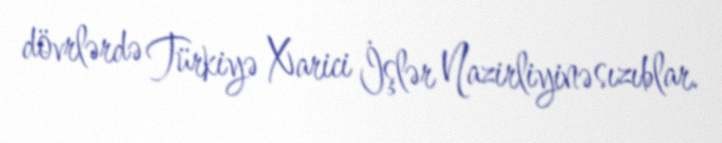
dövrlərdə Türkiyə Xarici İşlər Nazirliyinə sızıblar.